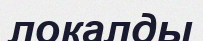
локалды